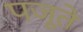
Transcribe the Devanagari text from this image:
पजूते